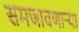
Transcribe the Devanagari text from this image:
समजावणाऱ्या